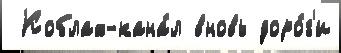
 Коблах-кана́л вновь доро́г'и